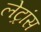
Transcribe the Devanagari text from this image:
लेट्रांस